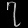
Digit: ၇